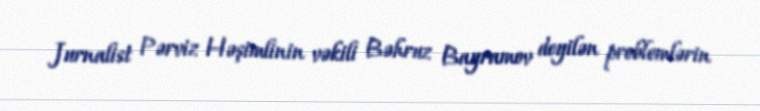
Jurnalist Pərviz Həşimlinin vəkili Bəhruz Bayramov deyilən problemlərin